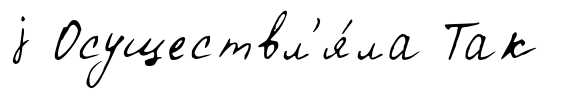
j Осуществл'я́ла Так